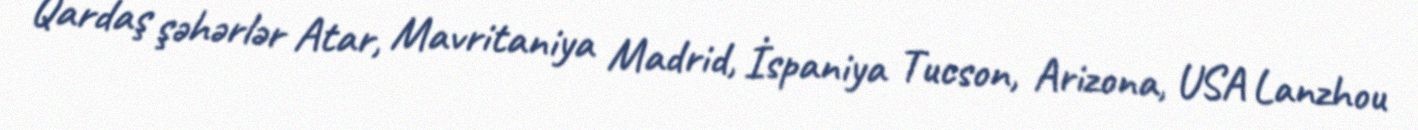
Qardaş şəhərlər Atar, Mavritaniya Madrid, İspaniya Tucson, Arizona, USA Lanzhou